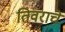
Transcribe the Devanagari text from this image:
तिवराचे